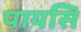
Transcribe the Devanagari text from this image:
पायसि